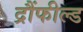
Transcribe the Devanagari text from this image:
द्रौंफील्ड